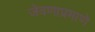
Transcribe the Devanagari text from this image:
जेवणाप्रमाणे